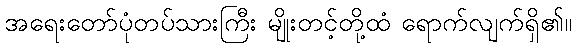
အရေးတော်ပုံတပ်သားကြီး မျိုးတင့်တို့ထံ ရောက်လျက်ရှိ၏။